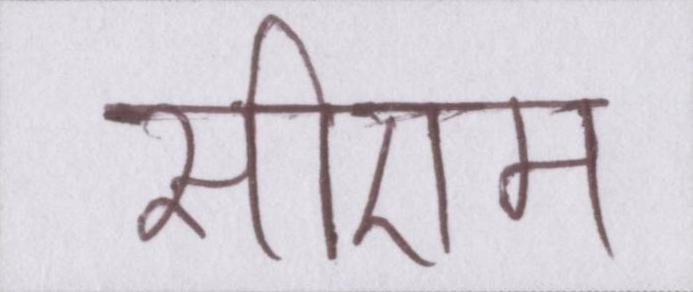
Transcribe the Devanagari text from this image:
सीएम